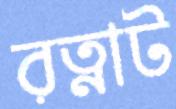
রত্নাট